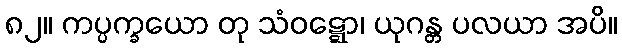
၈၂။ ကပ္ပက္ခယော တု သံဝဋ္ဋော၊ ယုဂန္တ ပလယာ အပိ။